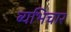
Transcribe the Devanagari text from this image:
ब्यभिचार